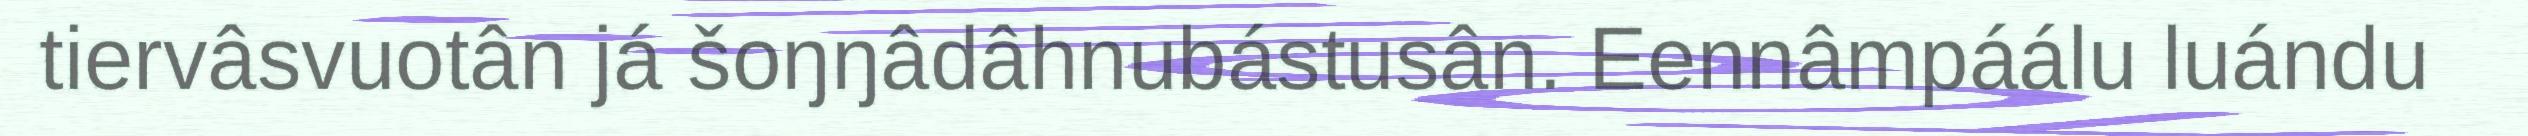
tiervâsvuotân já šoŋŋâdâhnubástusân. Eennâmpáálu luándu